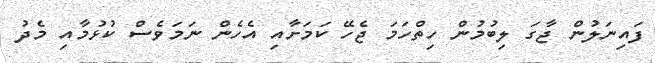
ފައިނަލުން ޖާގަ ލިބުމުން ހިތްހަމަ ޖެހޭ ކަމަށާއި އެހެން ނަމަވެސް ކުޅުމާއި މެދު